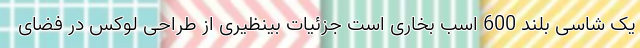
یک شاسی بلند 600 اسب بخاری است جزئیات بینظیری از طراحی لوکس در فضای